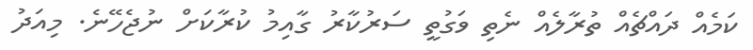
ކަމެއް ދައްޗެއް ތުރާލެއް ނެތި ވަގުތީ ސަރުކާރު ގާއިމު ކުރާކަށް ނުޖެހޭނެ. މިއަދު